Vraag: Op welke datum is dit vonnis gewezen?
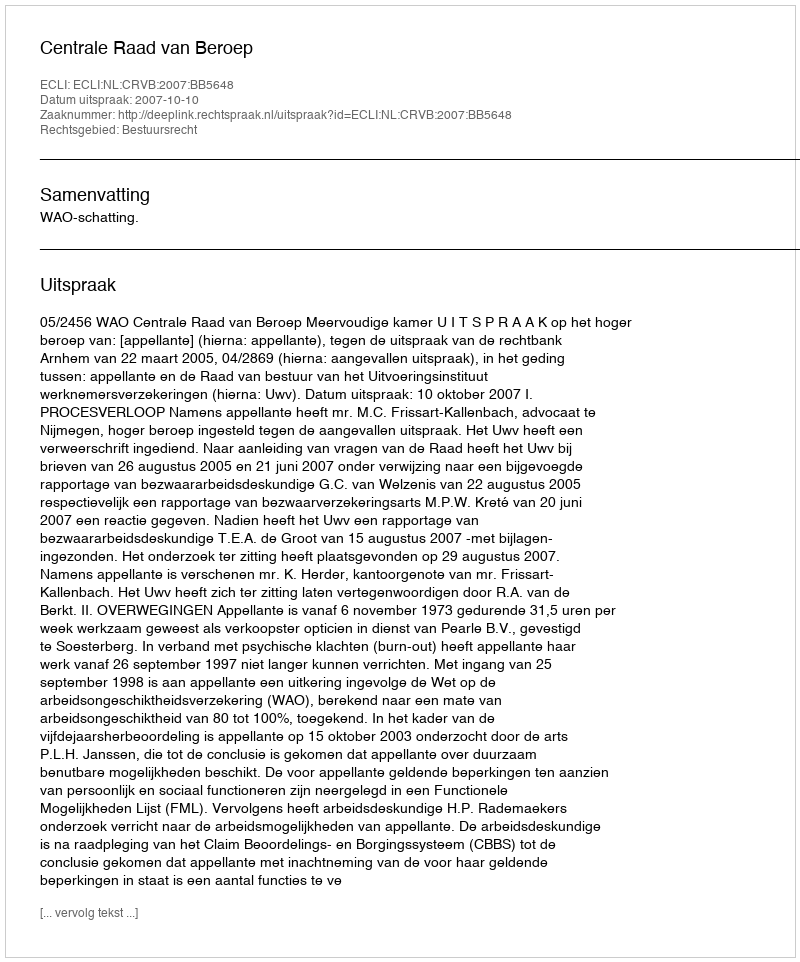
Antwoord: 2007-10-10